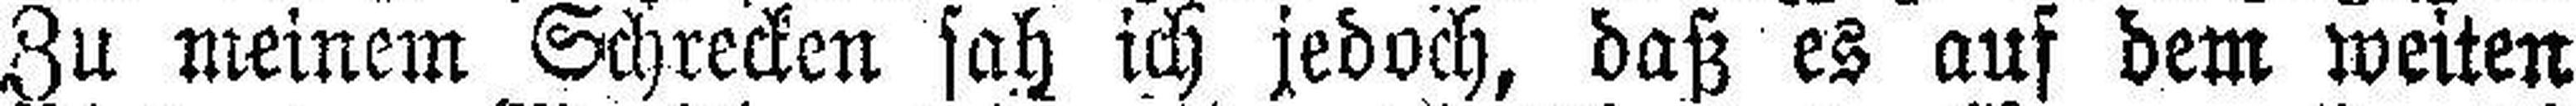
Zu meinem Schrecken sah ich jedoch, daß es auf dem weiten